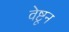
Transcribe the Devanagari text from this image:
वेष्टून